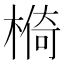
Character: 𱤄